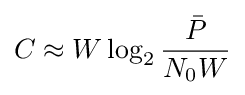
C\approx W\log _{2}{\frac {\bar {P}}{N_{0}W}}